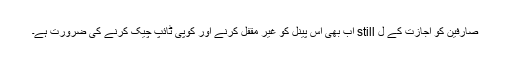
صارفین کو اجازت کے ل still اب بھی اس پینل کو غیر مقفل کرنے اور کوپی ٹائپ چیک کرنے کی ضرورت ہے۔